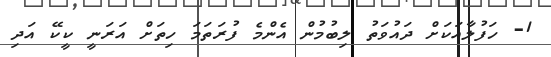
1- ހަފުލާއަކަށް ދައުވަތު ލިބުމުން އެންމެ ފުރަތަމަ ހިތަށް އަރަނީ ކީކޭ އަދި